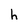
Character: h